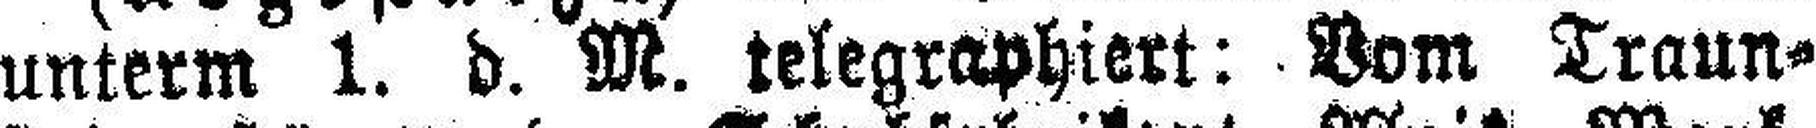
unterm 1. d. M. telegraphiert: Vom Traun¬